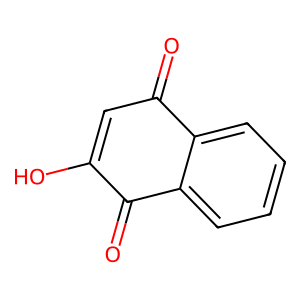
SMILES: O=C1C=C(O)C(=O)c2ccccc21
Inhibits HIV replication: No